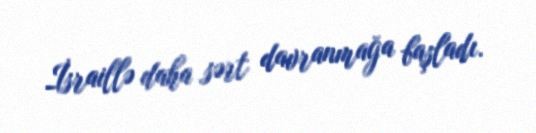
İsraillə daha sərt davranmağa başladı.